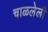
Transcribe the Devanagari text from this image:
चाळलेली